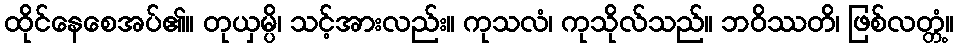
ထိုင်နေစေအပ်၏။ တုယှမ္ပိ၊ သင့်အားလည်း။ ကုသလံ၊ ကုသိုလ်သည်။ ဘဝိဿတိ၊ ဖြစ်လတ္တံ့။